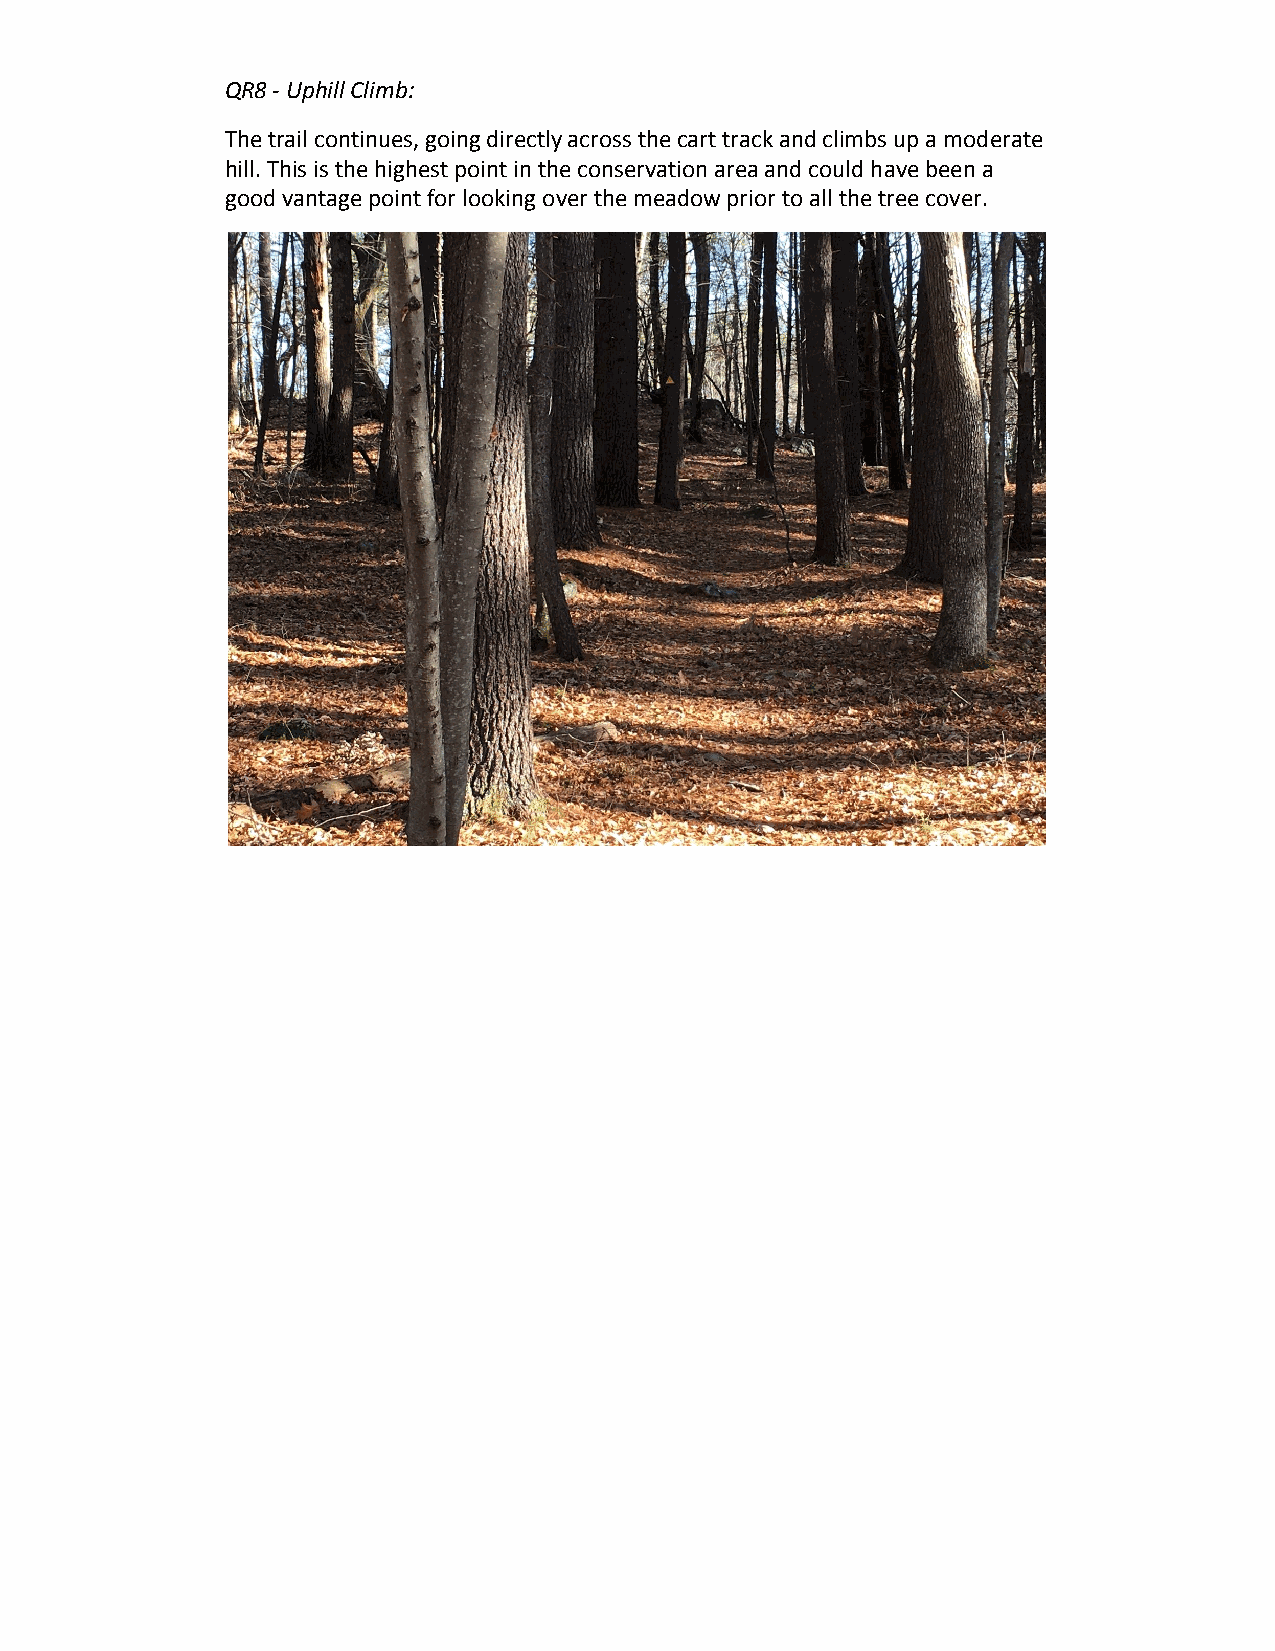
QR8 - Uphill Climb:
 The trail continues, going directly across the cart track and climbs up a moderate
 hill. This is the highest point in the conservation area and could have been a
 good vantage point for looking over the meadow prior to all the tree cover.